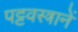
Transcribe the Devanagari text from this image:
पट्टवस्त्रानें